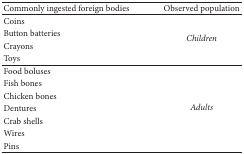
<table><thead><tr><td><b>Commonly ingested foreign bodies</b></td><td><b>Observed population</b></td></tr></thead><tbody><tr><td>Coins</td><td rowspan="4"><i>Children</i></td></tr><tr><td>Button batteries</td></tr><tr><td>Crayons</td></tr><tr><td>Toys</td></tr><tr><td>Food boluses</td><td rowspan="7"><i>Adults</i></td></tr><tr><td>Fish bones</td></tr><tr><td>Chicken bones</td></tr><tr><td>Dentures</td></tr><tr><td>Crab shells</td></tr><tr><td>Wires</td></tr><tr><td>Pins</td></tr></tbody></table>